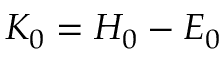
K _ { 0 } = H _ { 0 } - E _ { 0 }